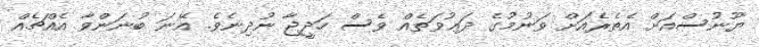
ޔޫނުސްއަށް އެތެރެއަށް ވަނުމުގެ ދަޢުވަތެއް ވެސް ހަދީޖާ ނުދިނެވެ. އޭނަ ބުނަންވާ އެއްޗެއް